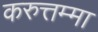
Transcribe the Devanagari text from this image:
करुत्तम्मा